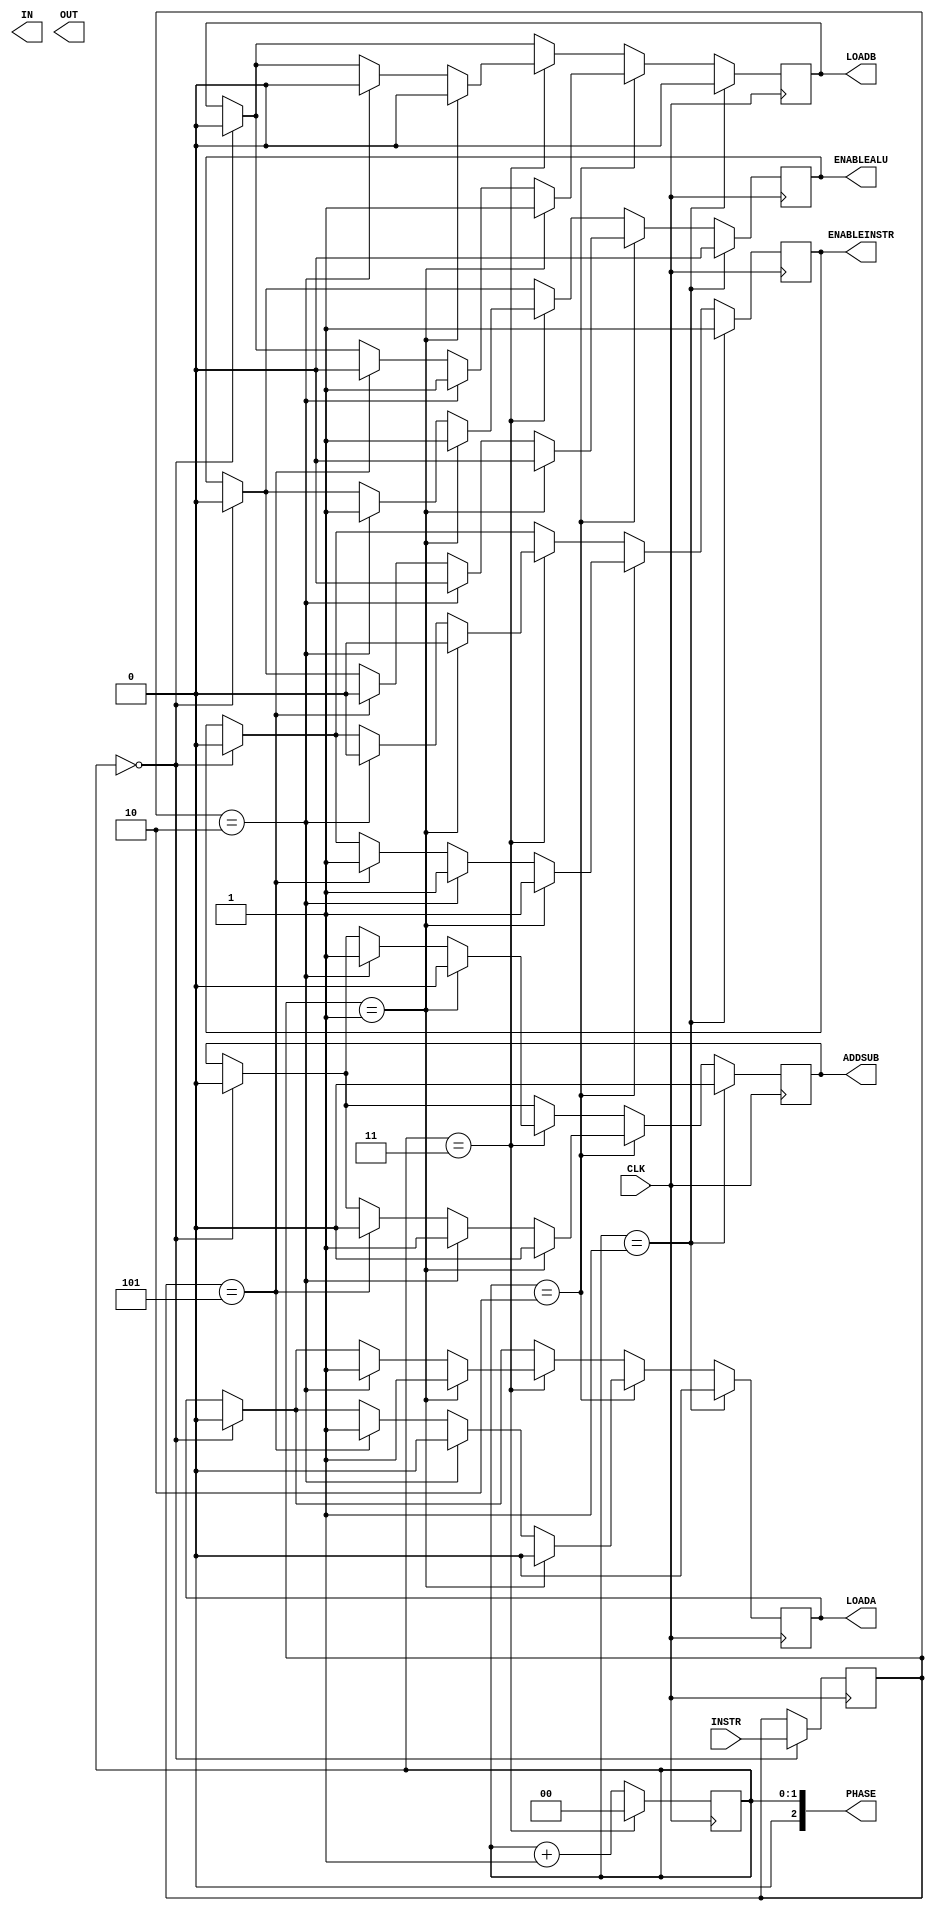
module CU(
			input CLK,
			input wire[3:0]INSTR,
			output wire[3:0]IN,			//DECIDE WHO GIVES INPUT TO THE INTERNAL BUS
			output wire[3:0]OUT,			//DECIDE WHO TAKES INPUT FROM THE INTERNAL BUS
			output wire[2:0]PHASE,
			output reg LOADA,
			output reg LOADB,
			output reg ENABLEALU,
			output reg ENABLEINSTR,
			output reg ADDSUB);

reg[3:0]IN_reg;			//internal registers to help store quantities
reg[3:0]OUT_reg;
reg[1:0]PHASE_reg;
reg[3:0]INSTR_reg;

initial			//PHASE GENERATOR
begin
PHASE_reg=-1;
LOADB=0;
LOADA=0;
ENABLEALU=0;
ENABLEINSTR=0;
ADDSUB=0;
end
always@(negedge CLK)
begin
if(PHASE_reg==0)
	begin
	INSTR_reg<=INSTR;
	end
if(PHASE_reg==2'b11)
	begin
	PHASE_reg<=0;
	end
else
	begin
	PHASE_reg<=PHASE_reg+1;
	end
end

assign PHASE=PHASE_reg;
always @(posedge CLK)
begin
if(PHASE_reg==2'b00)
begin
	LOADB<=0;
	LOADA<=0;
	ENABLEALU<=0;
	ENABLEINSTR<=0;
	ADDSUB<=0;
end
if(PHASE_reg==2'b01)
begin
	LOADB<=0;
	LOADA<=0;
	ENABLEALU<=0;
	ENABLEINSTR<=1;
	ADDSUB<=0;
end
else if(PHASE_reg==2'b10)
begin
	if(INSTR_reg==4'b0001)
	begin
	LOADB<=1;
	LOADA<=0;
	ENABLEALU<=0;
	ENABLEINSTR<=1;
	ADDSUB<=0;
	end
	else if(INSTR_reg==4'b0010)
	begin
	LOADB<=1;
	LOADA<=0;
	ENABLEALU<=0;
	ENABLEINSTR<=1;
	ADDSUB<=1;
	end
	else if(INSTR_reg==4'b0101)
	begin
	LOADB<=0;
	LOADA<=1;
	ENABLEALU<=0;
	ENABLEINSTR<=1;
	ADDSUB<=0;
	end
end
else if(PHASE_reg==2'b11)
begin
	if(INSTR_reg==4'b0001)
	begin
	LOADB<=0;
	LOADA<=1;
	ENABLEALU<=1;
	ENABLEINSTR<=0;
	ADDSUB<=0;
	end
	else if(INSTR_reg==4'b0010)
	begin
	LOADB<=0;
	LOADA<=1;
	ENABLEALU<=1;
	ENABLEINSTR<=0;
	ADDSUB<=1;
	end
end

end
endmodule